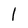
Character: l